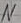
Text: N